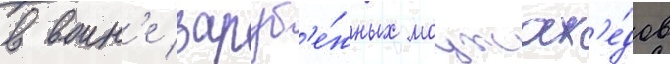
в воин'е заруб'е́жных моджах'е́дов